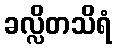
ခလ္လိတသိရံ